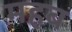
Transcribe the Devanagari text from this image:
महब